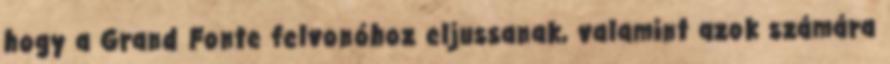
hogy a Grand Fonte felvonóhoz eljussanak, valamint azok számára